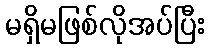
မရှိမဖြစ်လိုအပ်ပြီး